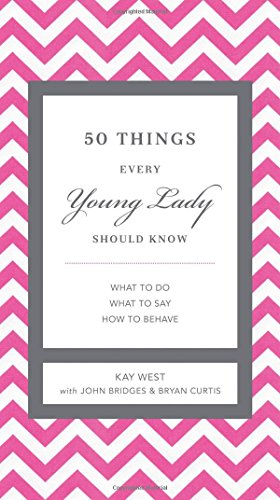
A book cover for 50 Things Every Young Lady Should Know: What to Do, What to Say, and   How to Behave; Kay West; Reference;